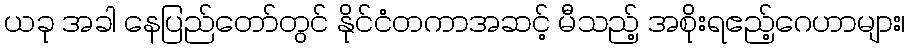
ယခု အခါ နေပြည်တော်တွင် နိုင်ငံတကာအဆင့် မီသည့် အစိုးရဧည့်ဂေဟာများ၊